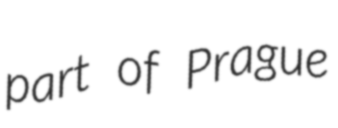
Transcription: part of Prague